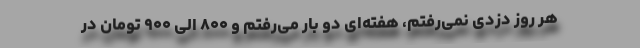
هر روز دزدی نمی‌رفتم، هفته‌ای دو بار می‌رفتم و ۸۰۰ الی ۹۰۰ تومان در